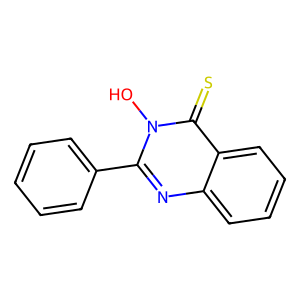
SMILES: On1c(-c2ccccc2)nc2ccccc2c1=S
Inhibits HIV replication: No